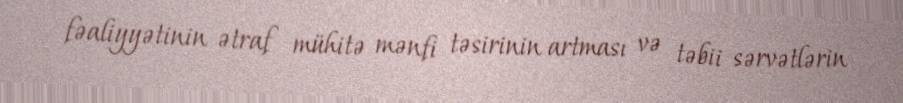
fəaliyyətinin ətraf mühitə mənfi təsirinin artması və təbii sərvətlərin